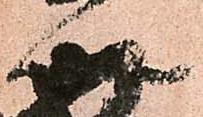
以